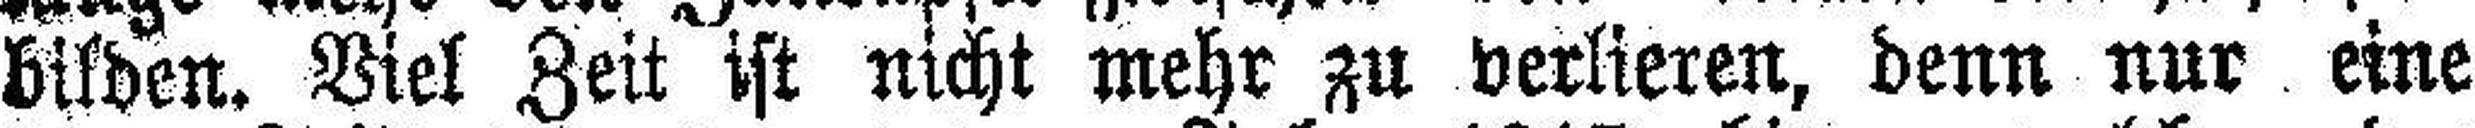
bilden. Viel Zeit ist nicht mehr zu verlieren, denn nur eine